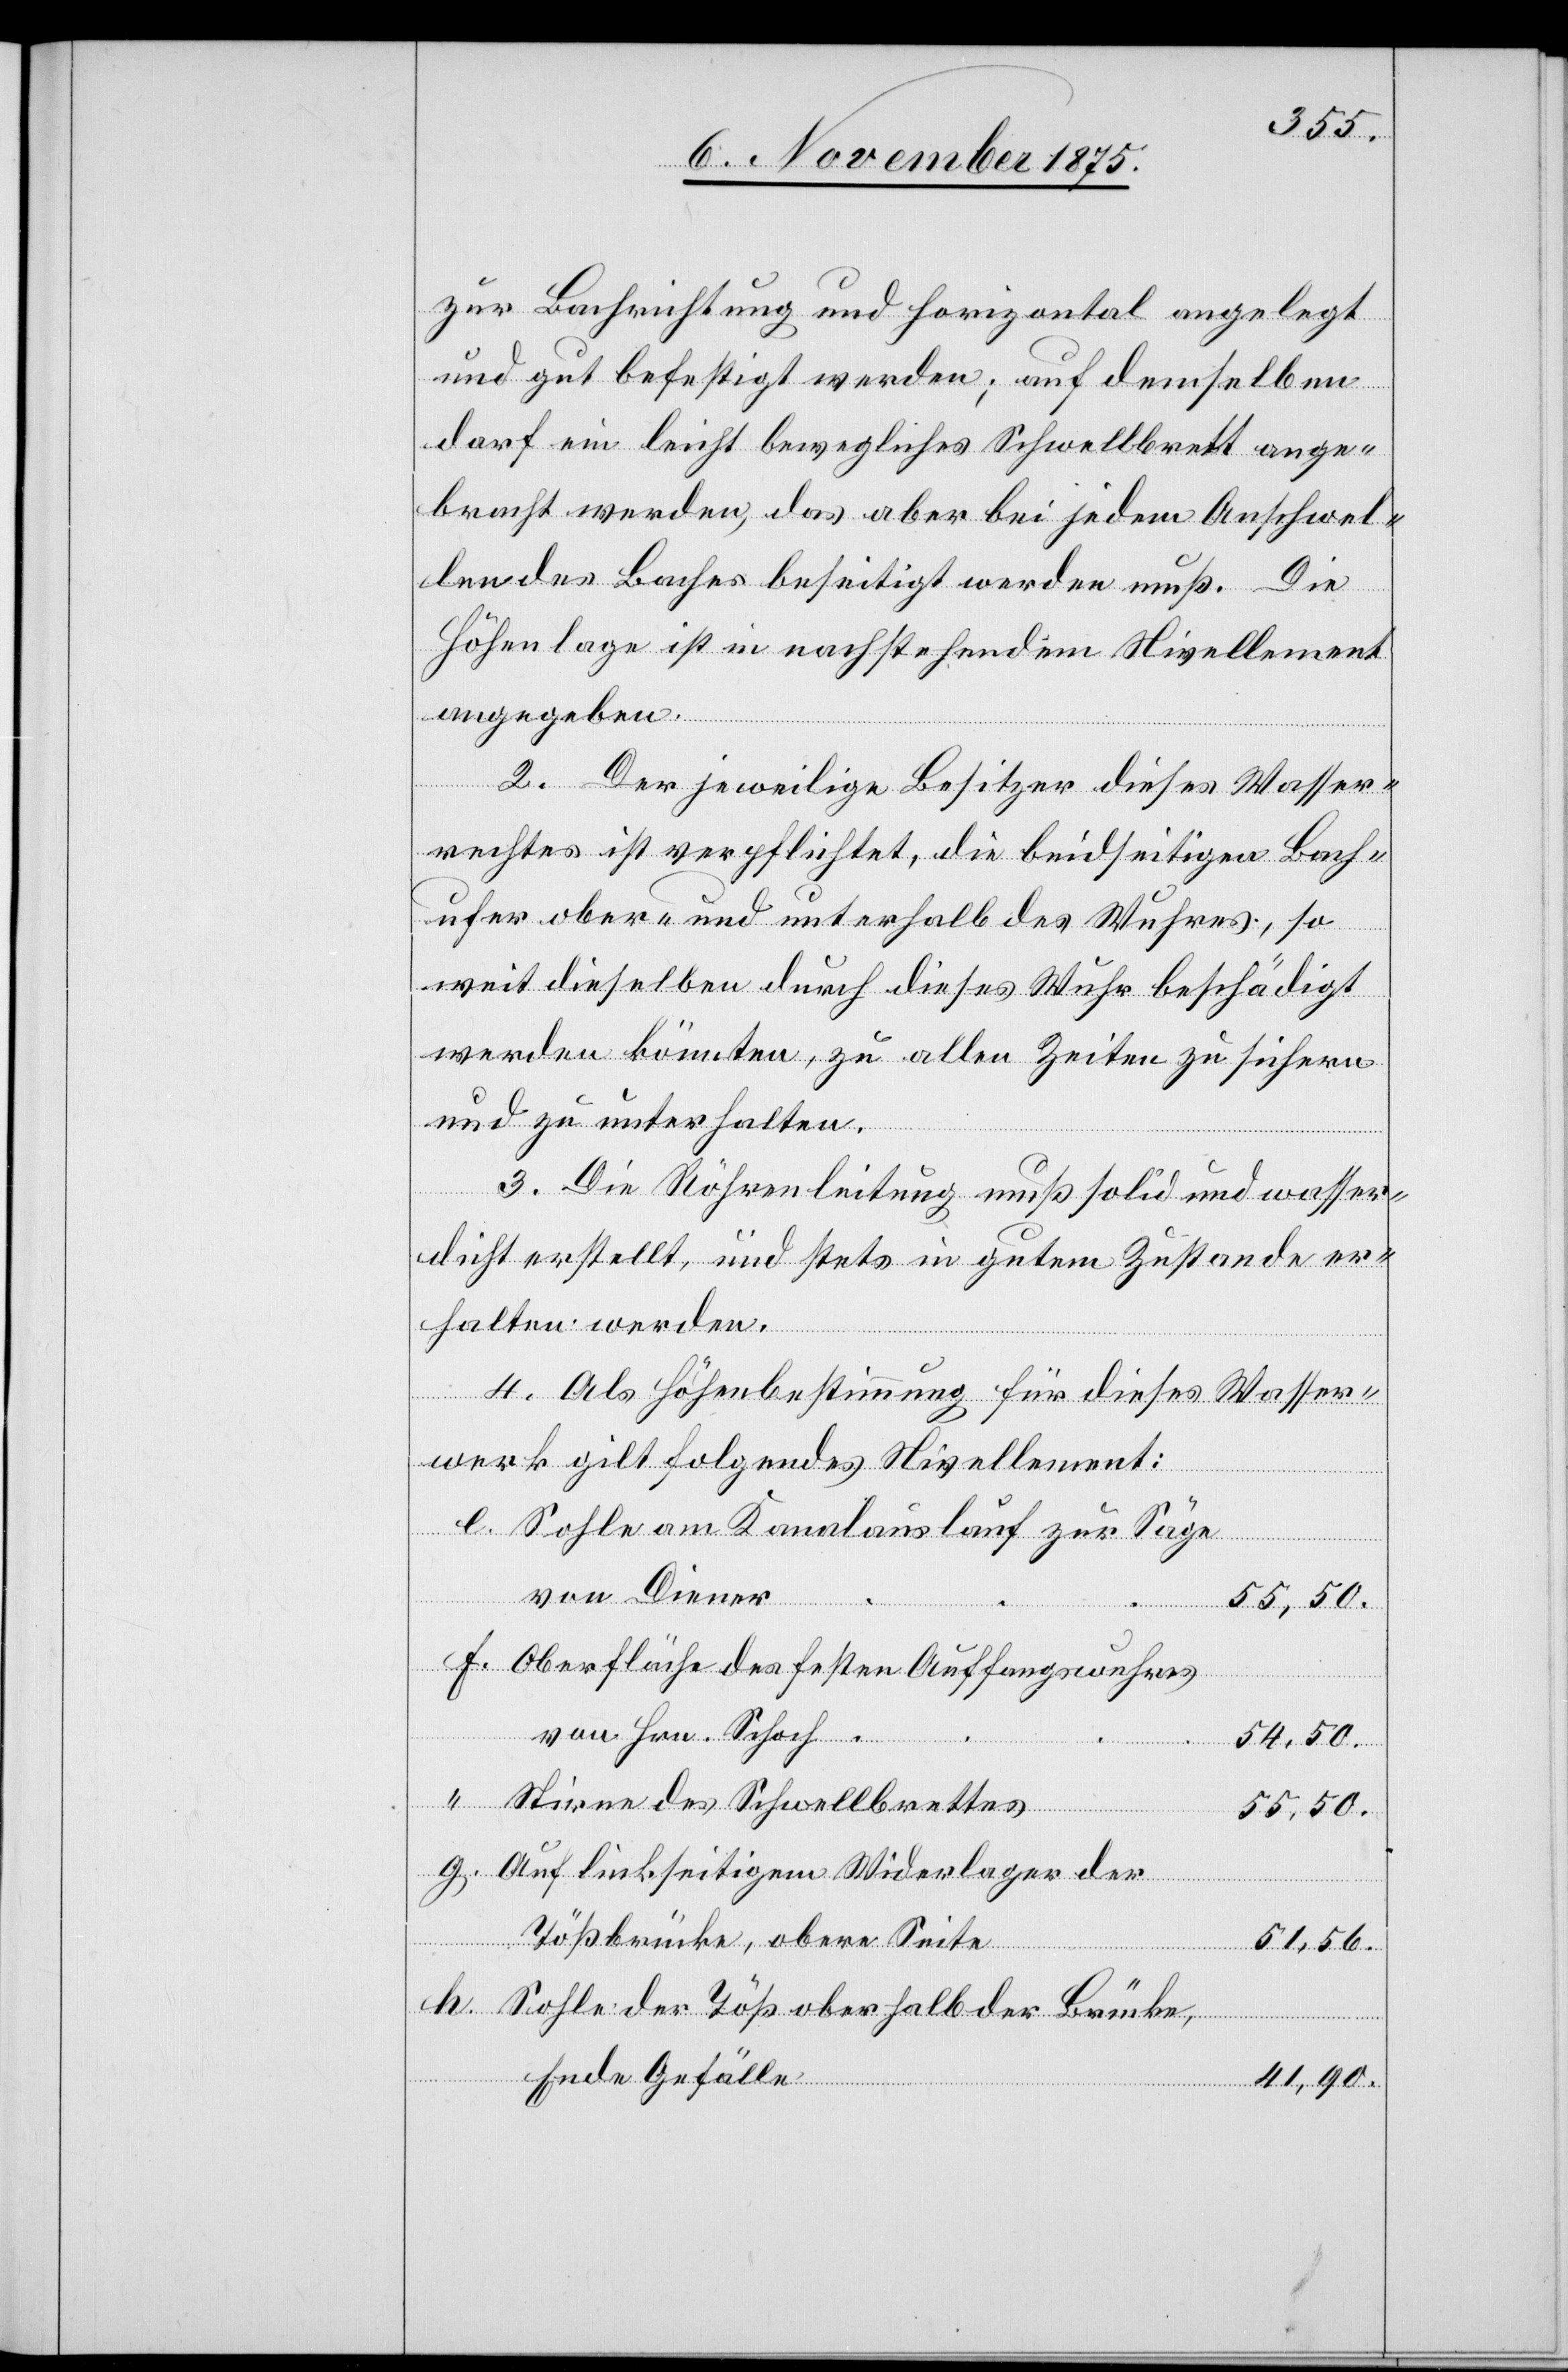
zur Bachrichtung und horizontal angelegt
und gut befestigt werden; auf demselben
darf ein leicht bewegliches Schwellbrett ange¬
bracht werden, das aber bei jedem Anschwel¬
len des Baches beseitigt werden muß. Die
Höhenlage ist in nachstehendem Nivellement
angegeben.
2. Der jeweilige Besitzer dieses Wasser¬
rechtes ist verpflichtet, die beidseitigen Bach¬
ufer ober- und unterhalb des Wuhres, so
weit dieselben durch dieses Wuhr beschädigt
werden könnten, zu allen Zeiten zu sichern
und zu unterhalten.
3. Die Röhrenleitung muß solid und wasser¬
dicht erstellt, und stets in gutem Zustande er¬
halten werden.
4. Als Höhenbestimmung für dieses Wasser¬
werk gilt folgendes Nivellement:
Sohle am Kanalauslauf zur Säge
von Diener
55,50.
Oberfläche des festen Auffangswuhres
von Hrn. Schoch
54,50.
Stirne des Schwellbrettes
55,50.
Auf linkseitigem Widerlager der
Tößbrücke, obere Seite
51,56.
Sohle der Töß oberhalb der Brücke,
Ende Gefälle
41,90.